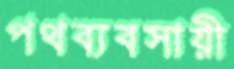
পথব্যবসায়ী